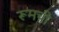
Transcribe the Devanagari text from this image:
रूमची